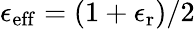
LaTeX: \epsilon_{\mathrm{eff}}=(1+\epsilon_{\mathrm{r}})/2